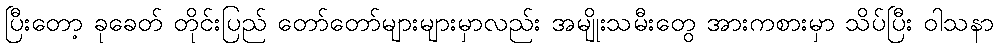
ပြီးတော့ ခုခေတ် တိုင်းပြည် တော်တော်များများမှာလည်း အမျိုးသမီးတွေ အားကစားမှာ သိပ်ပြီး ဝါသနာ